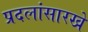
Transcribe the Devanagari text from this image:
प्रदलांसारखे